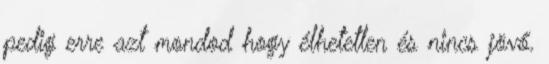
pedig erre azt mondod hogy élhetetlen és nincs jövő.